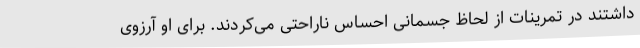
داشتند در تمرینات از لحاظ جسمانی احساس ناراحتی می‌کردند. برای او آرزوی